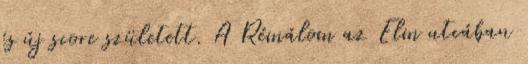
és új score született. A Rémálom az Elm utcában